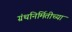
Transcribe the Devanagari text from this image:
ग्रंथनिर्मितीच्या